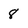
Character: 8